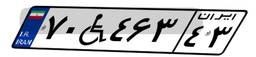
۷۰W۴۶۳۴۳